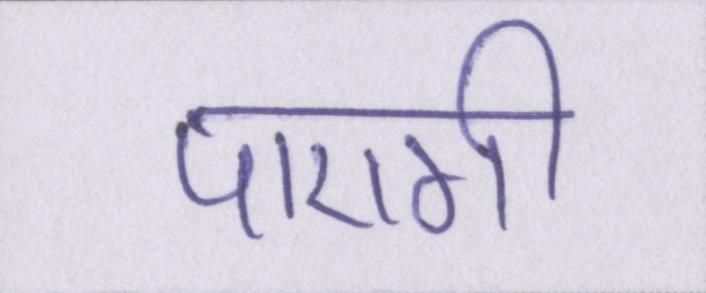
पाएगी